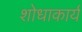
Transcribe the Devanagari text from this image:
शोधाकार्य